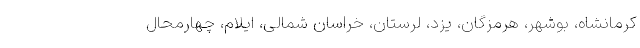
کرمانشاه، بوشهر، هرمزگان، یزد، لرستان، خراسان شمالی، ایلام، چهارمحال